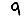
Digit: 9